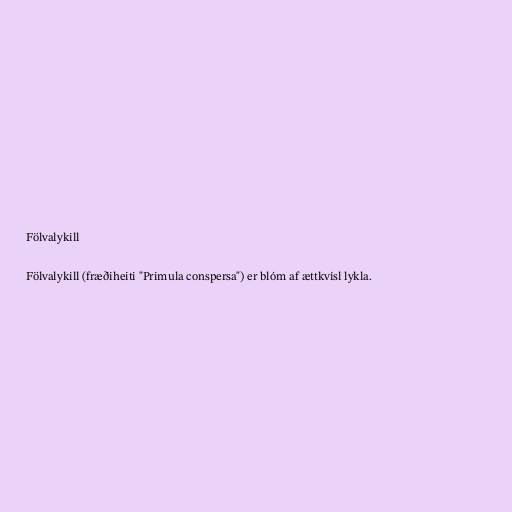
Fölvalykill

Fölvalykill (fræðiheiti "Primula conspersa") er blóm af ættkvísl lykla.